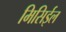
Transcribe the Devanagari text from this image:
मिसिईल